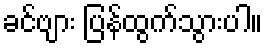
ခင်ဗျား ပြန်ထွက်သွားပါ။